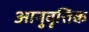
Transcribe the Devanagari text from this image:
आनुवृत्तिक